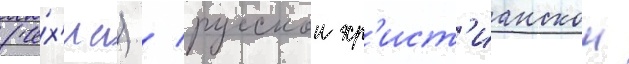
(че́х'иа) / русскои хр'ист'ианскои